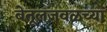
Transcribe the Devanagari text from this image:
बेतूलजवळच्या